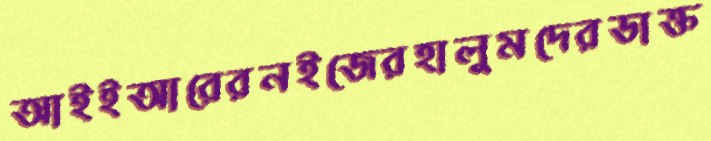
আইইআরেরনইজেরহালুমদেরডাক্ত